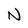
Character: N